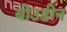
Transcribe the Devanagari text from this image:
बोउडीन